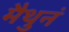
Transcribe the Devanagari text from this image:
मैथुनं